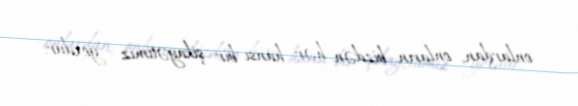
onlardan, onların bizdən hər hansı bir şikayətimiz yoxdur.